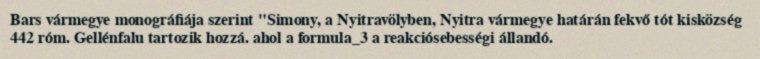
Bars vármegye monográfiája szerint "Simony, a Nyitravölyben, Nyitra vármegye határán fekvő tót kisközség 442 róm. Gellénfalu tartozik hozzá. ahol a formula_3 a reakciósebességi állandó.